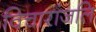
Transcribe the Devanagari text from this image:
विचारांजलि